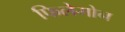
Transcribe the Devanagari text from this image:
फिलेमोन